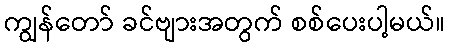
ကျွန်တော် ခင်ဗျားအတွက် စစ်ပေးပါ့မယ်။